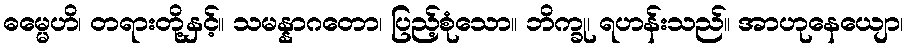
ဓမ္မေဟိ၊ တရားတို့နှင့်။ သမန္နာဂတော၊ ပြည့်စုံသော။ ဘိက္ခု၊ ရဟန်းသည်။ အာဟုနေယျော၊